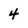
Character: 4